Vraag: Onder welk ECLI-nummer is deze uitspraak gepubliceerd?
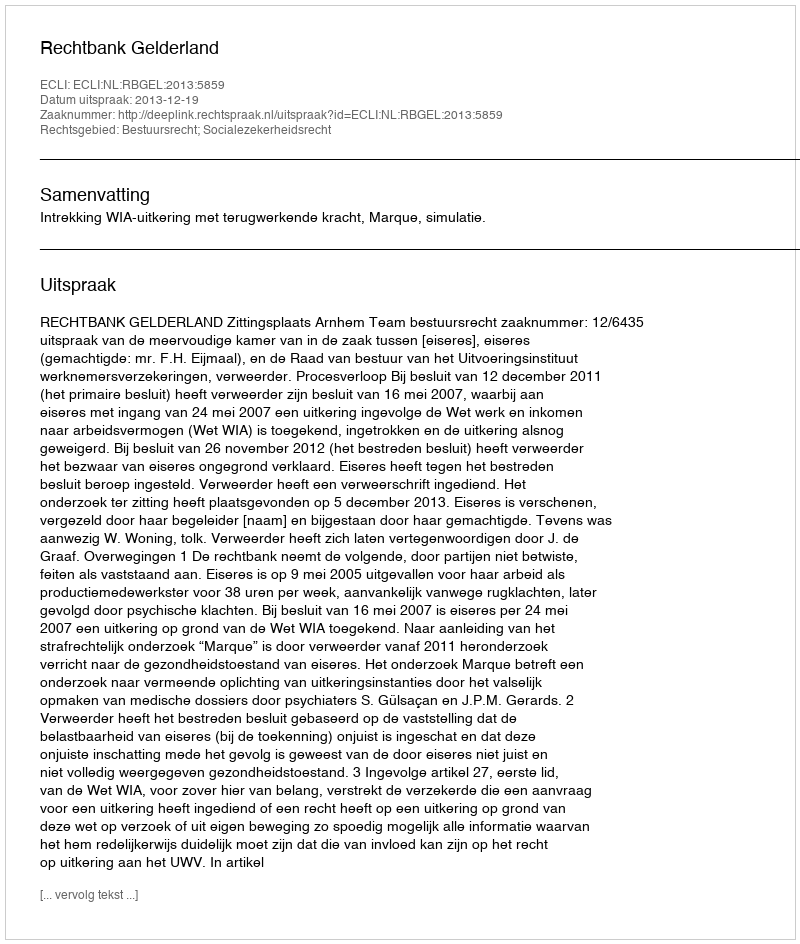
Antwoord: ECLI:NL:RBGEL:2013:5859